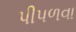
પીપળવા